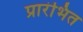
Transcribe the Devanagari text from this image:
प्रारंभित